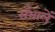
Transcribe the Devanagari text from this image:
सँभालें